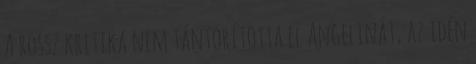
A rossz kritika nem tántorította el Angelinát, az idén